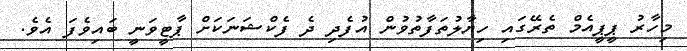
މިހާރު ޕީޕީއެމް ތެރޭގައި ހިޔާލުތަފާތުވުން އުފެދި ދެ ފެކްޝަނަކަށް ޕާޓީވަނީ ބައިވެފަ އެވެ.